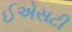
ઈએસટી